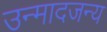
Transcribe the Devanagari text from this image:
उन्मादजन्य